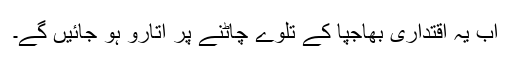
اب یہ اقتداری بھاجپا کے تلوے چاٹنے پر اتارو ہو جائیں گے۔